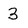
Character: 3